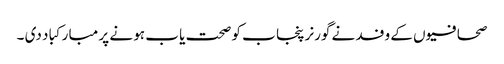
صحافیو ں کے وفد نے گورنر پنجا ب کو صحت یا ب ہو نے پر مبا رکبا د دی ۔